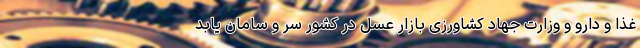
غذا و دارو و وزارت جهاد کشاورزی بازار عسل در کشور سر و سامان یابد